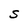
Character: S